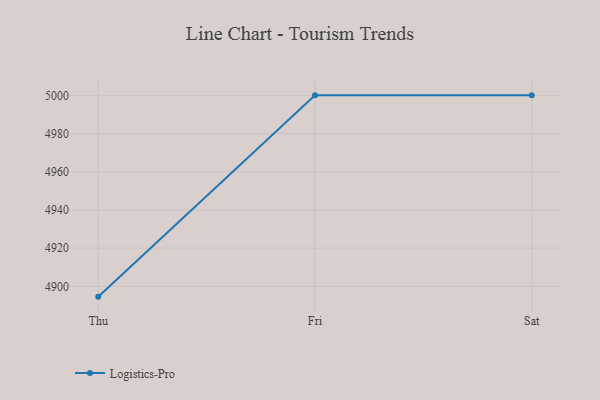
{"axis": {"x": "Day", "y": "Inventory Turnover"}, "legend": ["Logistics-Pro"], "data": [{"x": "Thu", "y": 4894.6, "type": "Logistics-Pro"}, {"x": "Fri", "y": 5000, "type": "Logistics-Pro"}, {"x": "Sat", "y": 5000, "type": "Logistics-Pro"}]}